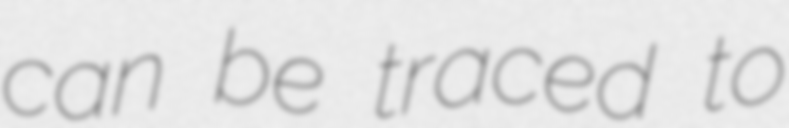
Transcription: can be traced to